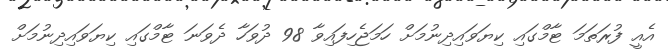
އެއީ ފުރަތަމަ ޓާމްގައި ކިޔަވައިދިނުމަށް ހަމަޖެހިފައިވާ 98 ދުވަހާ ދެވަނަ ޓާމްގައި ކިޔަވައިދިނުމަށް